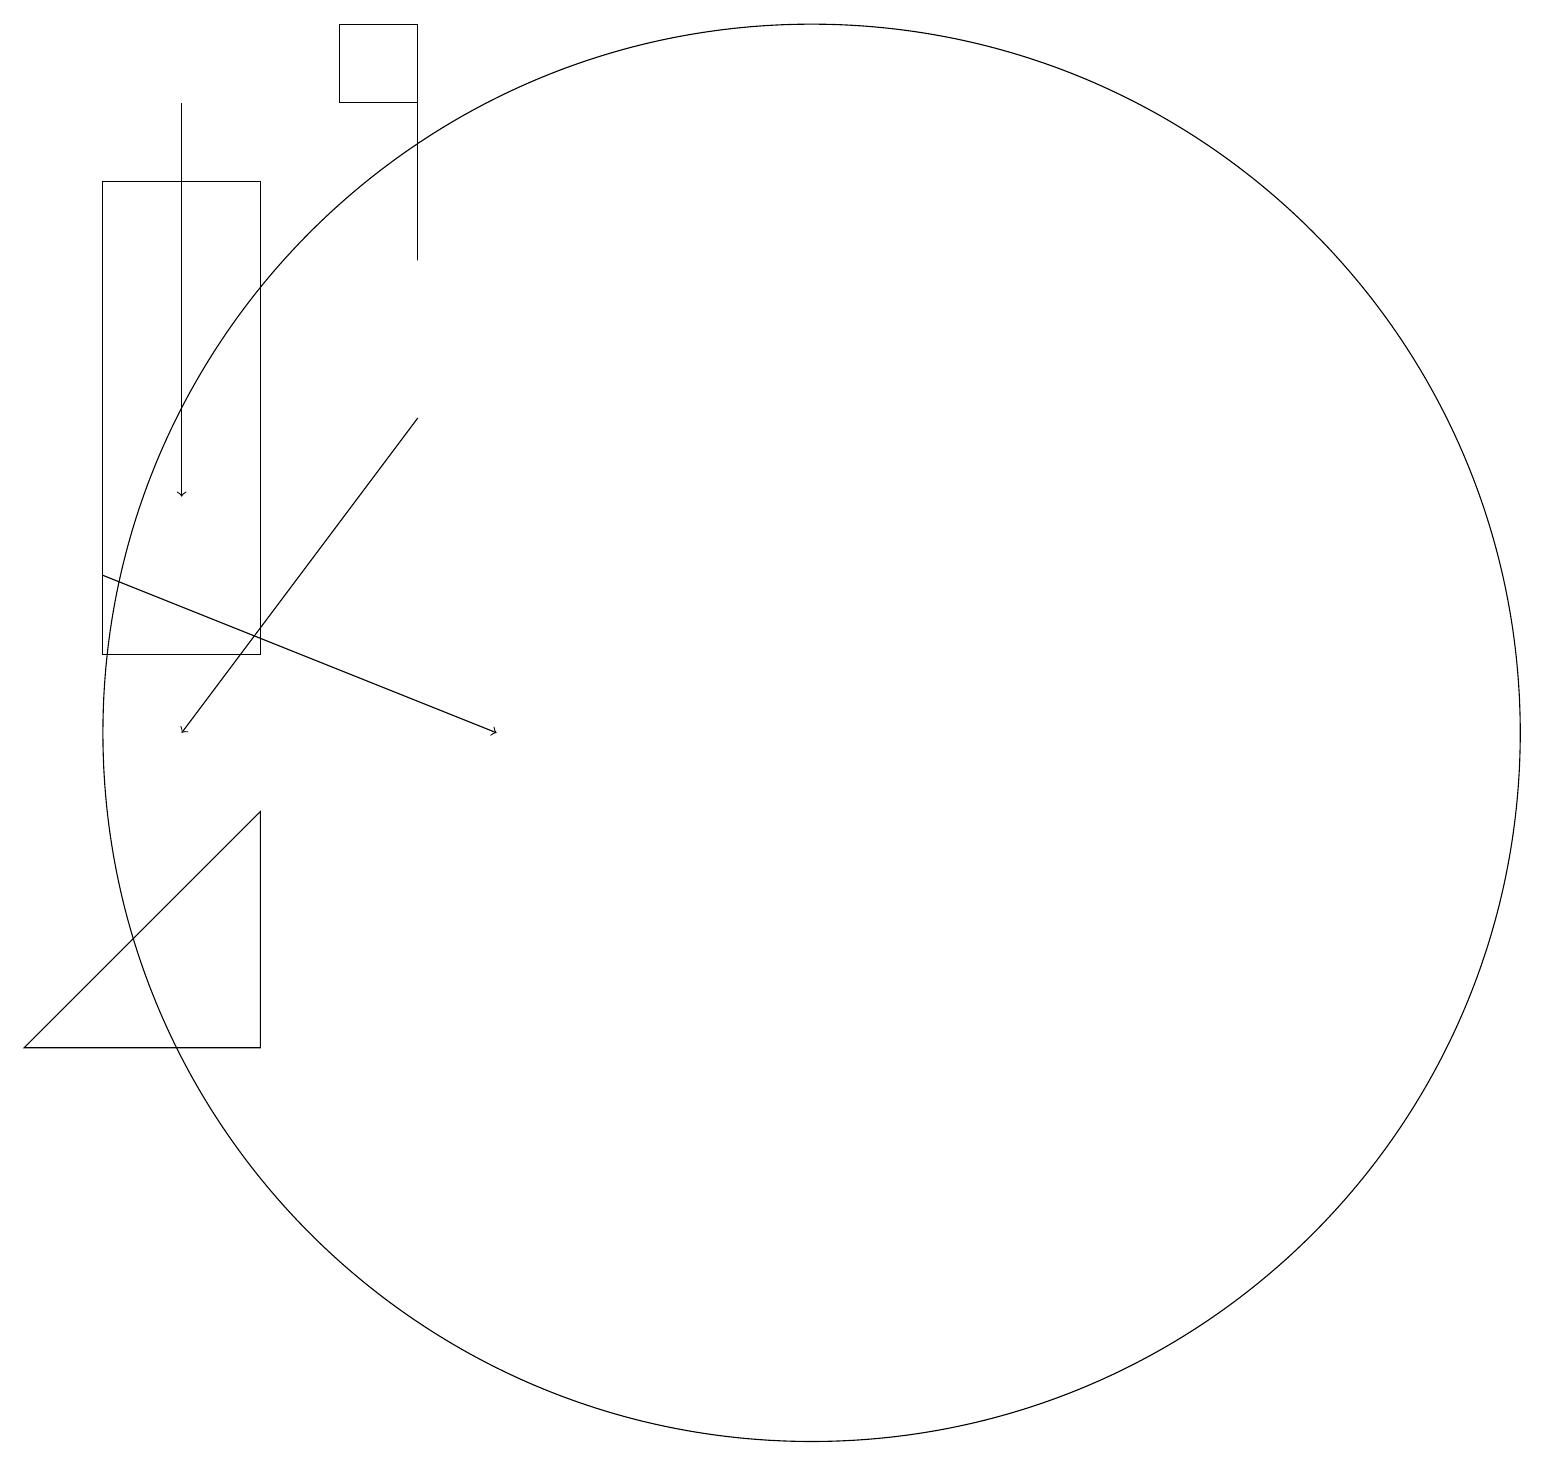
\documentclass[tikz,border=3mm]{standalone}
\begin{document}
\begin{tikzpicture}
\draw (6,19) rectangle (5,18);
\draw[->] (3,18) -- (3,13);
\draw[->] (2,12) -- (7,10);
\draw[->] (6,14) -- (3,10);
\draw (6,16) rectangle (6,18);
\draw (2,11) rectangle (4,17);
\draw (1,6) -- (4,6) -- (4,9) -- cycle;
\draw (11,10) circle (9);
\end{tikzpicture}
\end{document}